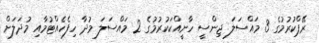
ރޭޕްކުރުމުގެ 3 މައްސަލަ ޖިންސީ ހާނީއްކަކުރުމުގެ 2 މައްސަލަ މުދާ ހިފެހެއްޓުމާއި މުދަލަށް